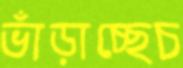
ভাঁড়াচ্ছেচ